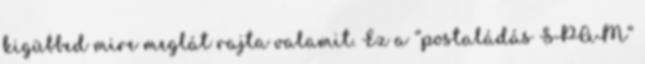
kigübbed mire meglát rajta valamit. Ez a “postaládás SPAM”